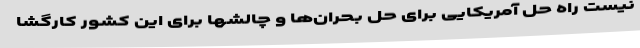
نیست راه حل آمریکایی برای حل بحران‌ها و چالشها برای این کشور کارگشا